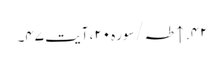
۴۲. ↑ طہ/سوره۲۰، آیت ۴۷۔